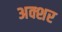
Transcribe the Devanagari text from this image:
अक्शर